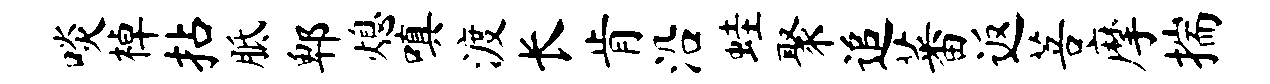
啖棹拈胝郫熄嗔渡长肯沿蛙聚追蕃返菩摩揣